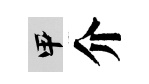
甲介